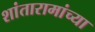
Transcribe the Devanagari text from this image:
शांतारामांच्या